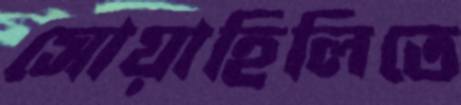
সোয়াহিলিতে